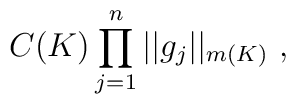
C(K) \prod_{j=1}^n ||g_j||_{m(K)}\ ,